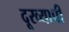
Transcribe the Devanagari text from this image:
दूरव्यापी